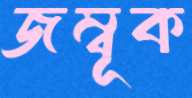
জম্বূক